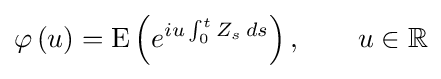
\varphi \left(u\right)=\operatorname {E} \left(e^{iu\int _{0}^{t}Z_{s}\,ds}\right),\qquad u\in \mathbb {R}